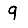
Digit: 9